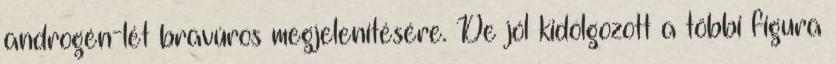
androgén-lét bravúros megjelenítésére. De jól kidolgozott a többi figura